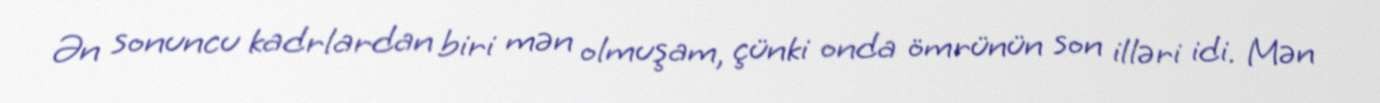
Ən sonuncu kadrlardan biri mən olmuşam, çünki onda ömrünün son illəri idi. Mən